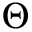
\Theta